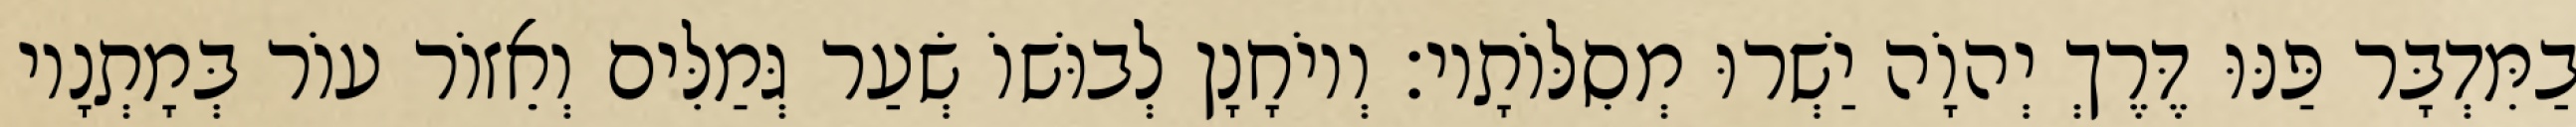
בַמִּדְבָּר פַּנּוּ דֶּרֶךְ יְהוָֹה יַשְׁרוּ מְסִלּוֹתָיו׃ וְיוֹחָנָן לְבוּשׁוֹ שְׂעַר גְּמַלִּים וְאֵזוֹר עוֹר בְּמָתְנָיו